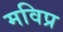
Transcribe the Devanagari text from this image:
मविप्र